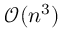
\mathcal { O } ( n ^ { 3 } )